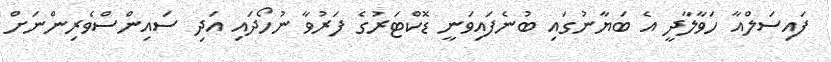
ފައިސަލްއާ ހަވާލާދީ އެ ބަޔާނުގައި ބުނެފައިވަނީ ޑޮކްޓަރުގެ ފަރުވާ ނުހޯދައި އަދި ސައިންސްވެރިންނަށް